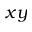
x y